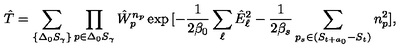
\hat { T } = \sum _ { \{ \Delta _ { 0 } S _ { \gamma } \} } \prod _ { p \in \Delta _ { 0 } S _ { \gamma } } \hat { W } _ { p } ^ { n _ { p } } \exp { [ - \frac { 1 } { 2 \beta _ { 0 } } \sum _ { \ell } \hat { E } _ { \ell } ^ { 2 } - \frac { 1 } { 2 \beta _ { s } } \sum _ { p _ { s } \in ( S _ { t + a _ { 0 } } - S _ { t } ) } n _ { p } ^ { 2 } ] } ,